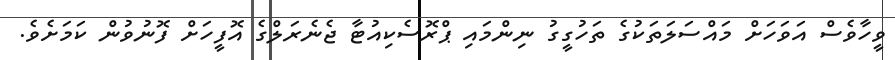
ވީހާވެސް އަވަހަށް މައްސަލަތަކުގެ ތަހުގީގު ނިންމައި ޕްރޮސެކިއުޓާ ޖެނެރަލްގެ އޮފީހަށް ފޮނުވުން ކަމަށެވެ.